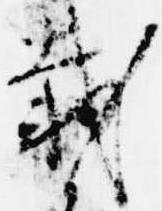
載